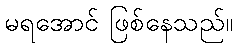
မရအောင် ဖြစ်နေသည်။